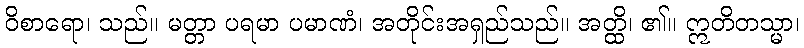
ဝိစာရော၊ သည်။ မတ္တာ ပရမာ ပမာဏံ၊ အတိုင်းအရှည်သည်။ အတ္ထိ၊ ၏။ ဣတိတသ္မာ၊